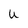
Character: u